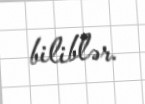
biliblər.